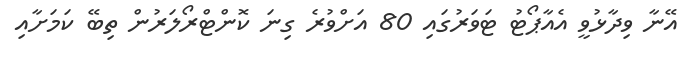
އޭނާ ވިދާޅުވީ އެއާޕޯޓު ޓަވަރުގައި 80 އަށްވުރެ ގިނަ ކޮންޓްރޯލަރުން ތިބޭ ކަމަށާއި